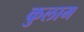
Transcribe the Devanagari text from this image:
कुलाम